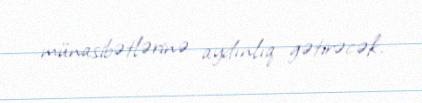
münasibətlərinə aydınlıq gətirəcək.